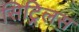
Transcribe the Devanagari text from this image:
सिट्रिलस